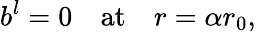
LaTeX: b^{l}=0\quad\mathrm{at}\quad r=\alpha r_{0},